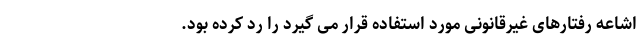
اشاعه رفتارهای غیرقانونی مورد استفاده قرار می گیرد را رد کرده بود.